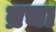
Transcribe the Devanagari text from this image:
ब्रचा